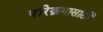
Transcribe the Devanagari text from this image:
परिक्रमासाठी